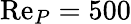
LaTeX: \mathrm{Re}_{P}=500